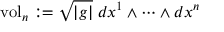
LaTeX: \operatorname { v o l } _ { n } : = { \sqrt { | g | } } \; d x ^ { 1 } \wedge \cdots \wedge d x ^ { n }